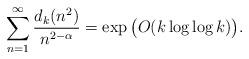
LaTeX: \begin{align*}\sum_{n=1}^{\infty}\frac{d_k(n^2)}{n^{2-\alpha}}=\exp\big(O(k\log\log k)\big).\end{align*}